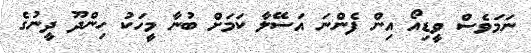
ނަމަވެސް ވީޑިއޯ އިން ފެންނަ އަސޭލާ ކަމަށް ބުނާ މީހަކު ހިންދޫ ދީނުގެ